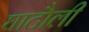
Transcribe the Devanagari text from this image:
घाटौली